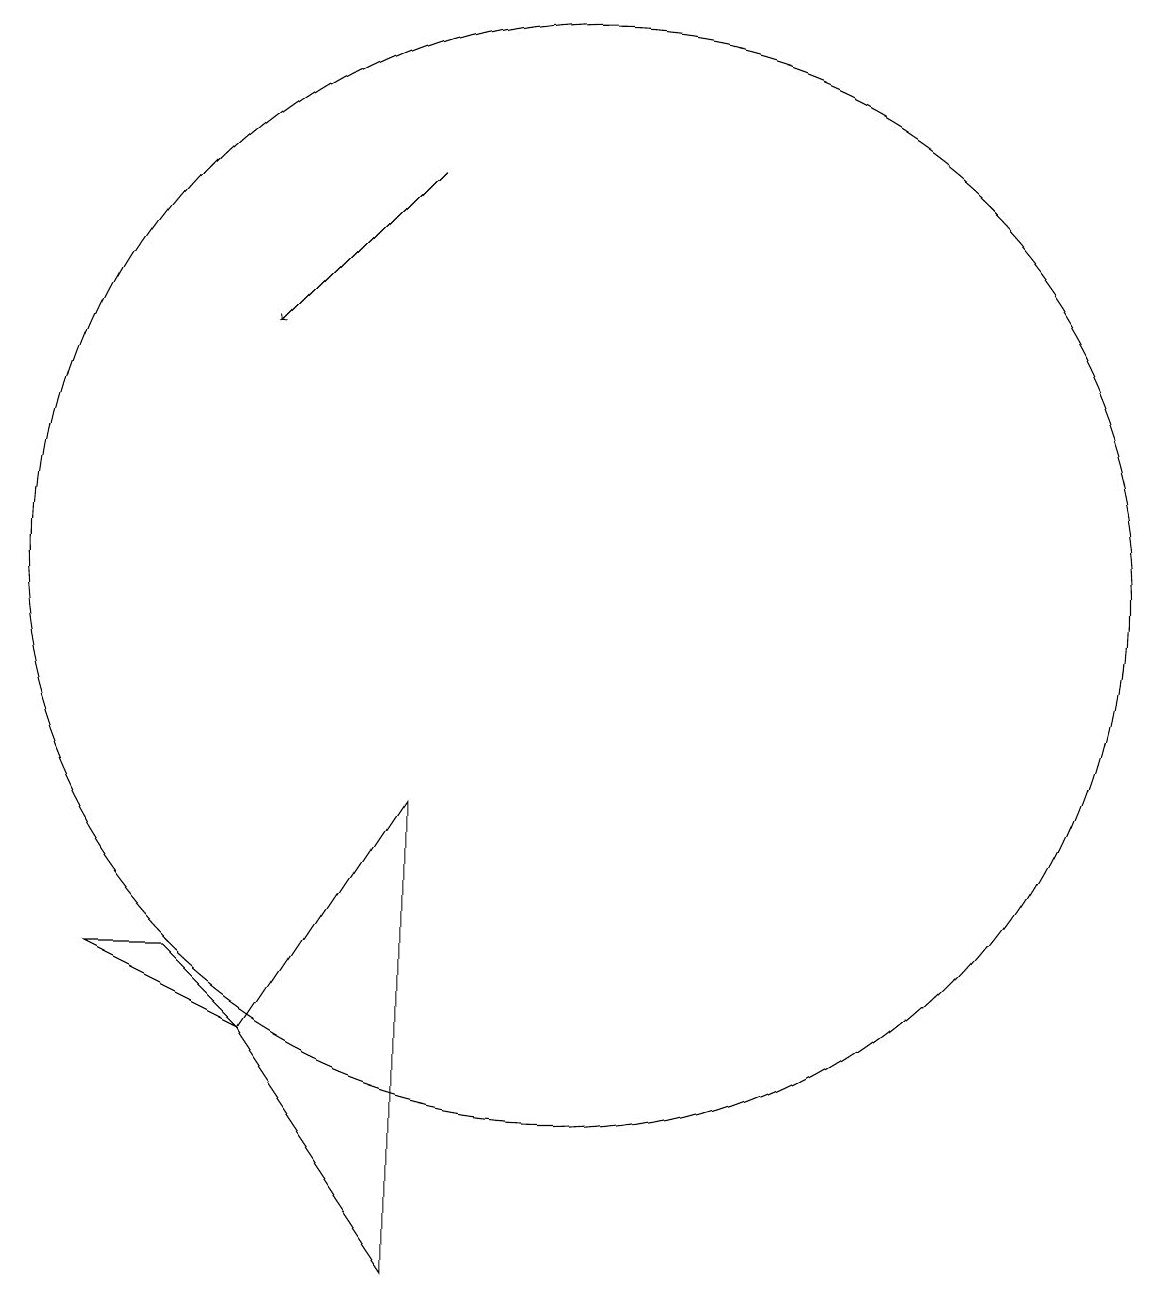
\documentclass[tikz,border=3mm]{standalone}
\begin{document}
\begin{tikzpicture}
\draw (9,2) -- (9,8) -- (7,5) -- cycle;
\draw (11,11) circle (7);
\draw (7,5) -- (6,6) -- (5,6) -- cycle;
\draw[->] (9,16) -- (7,14);
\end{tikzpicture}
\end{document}